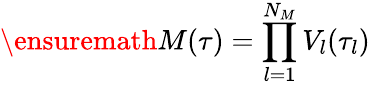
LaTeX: \ensuremath{M(\tau)}=\prod_{l=1}^{N_{M}}V_{l}(\tau_{l})